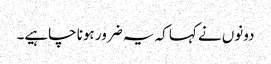
دونوں نے کہا کہ یہ ضرور ہونا چاہیے۔